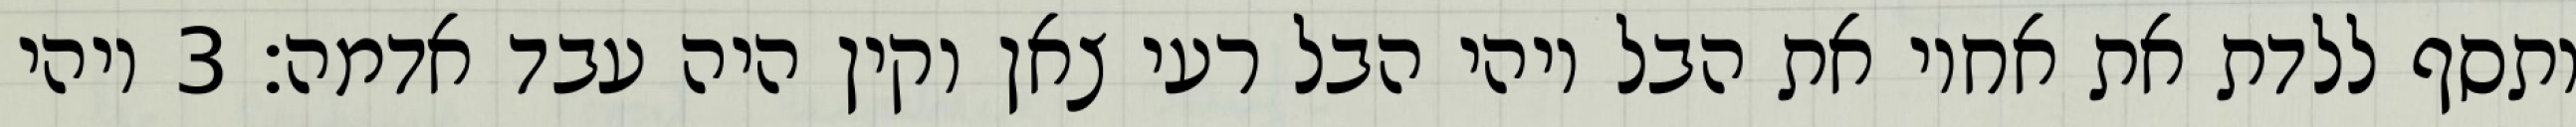
ותסף ללדת את אחיו את הבל ויהי הבל רעי צאן וקין היה עבד אדמה׃ ‎3‏ ויהי